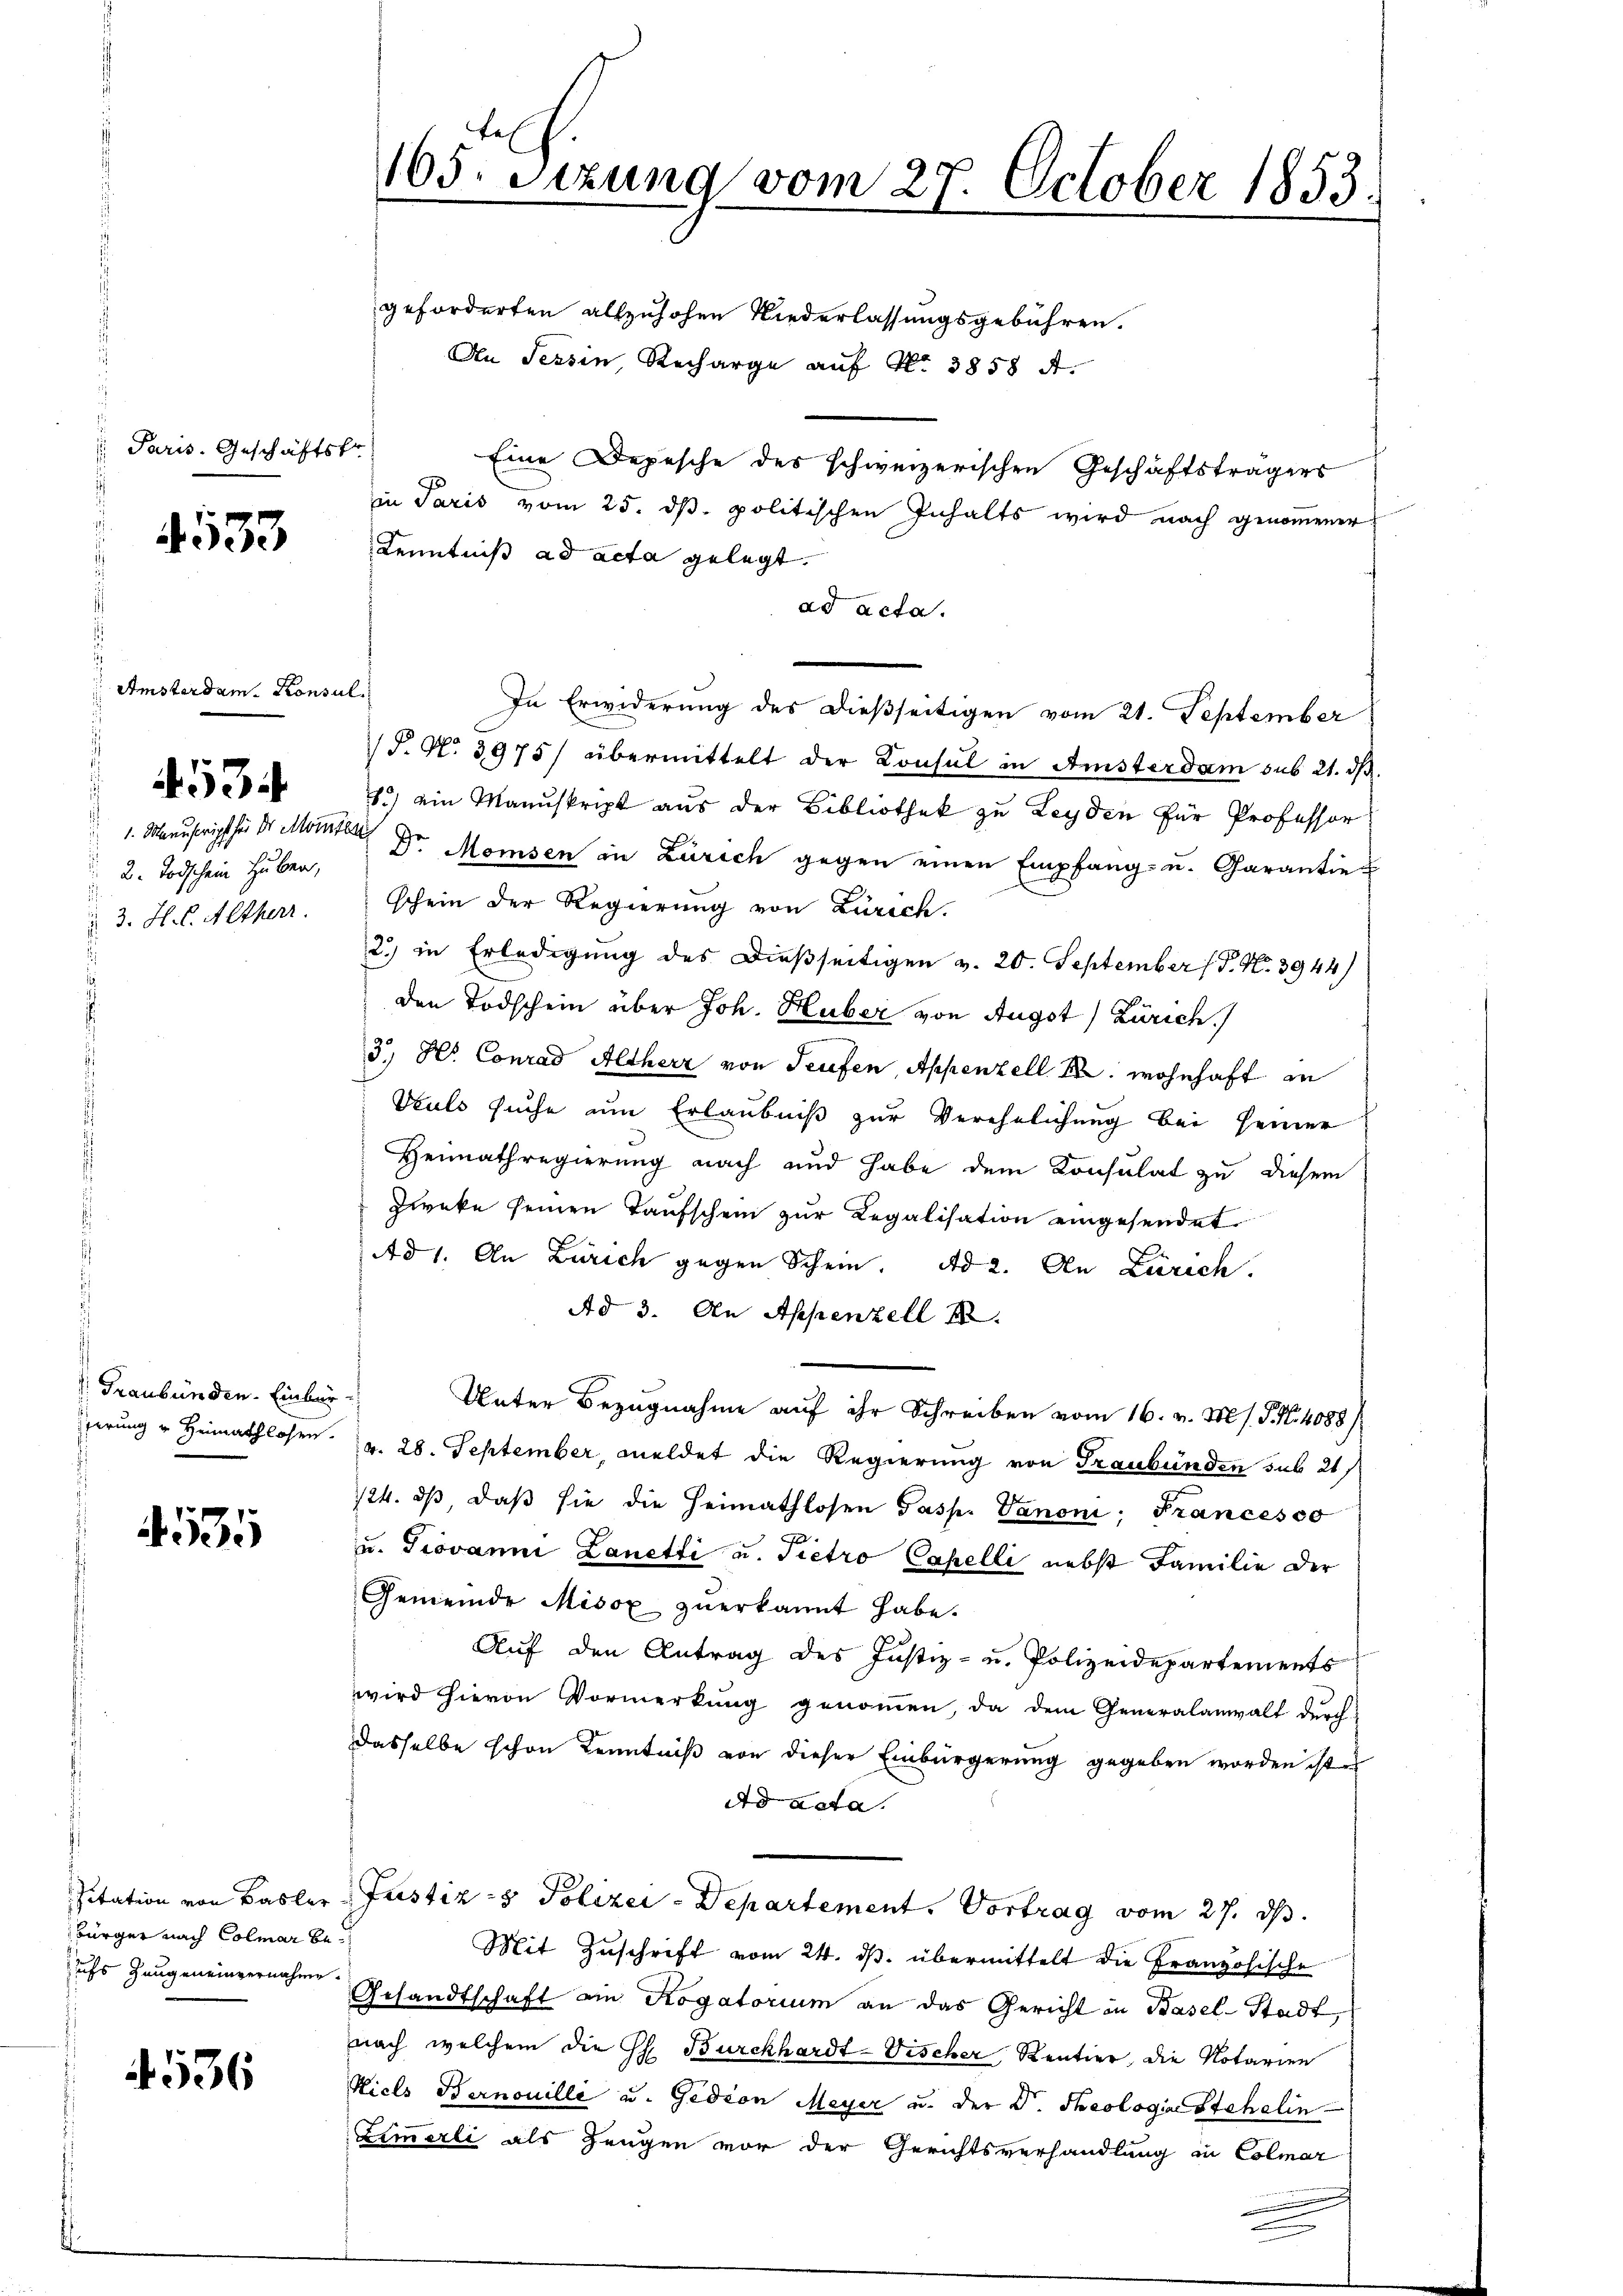
Paris. Geschäftsfr.

4533

Amsterdam. Konsul

1. Manuscript für der Momen
2. Todschein Huber,
3. H. l. Altherr

4534

Graubünden. Einbür-
sierung u Heimathlosen.

131

sitation von Basler
bürger nach Colmar beuchs Zeugeneinvernahme

4536

165: Sizung vom 27. October 1853.
d

geforderten allzuhohen Niederlassungsgebühren.
An Tessin, Recharge auf No 3858 f.
Eine Depesche des schweizerischen Geschäftsträgers
in Paris vom 25. dß. politischen Inhalts wird nach genommener
Kenntniß ad acta gelegt.
ad acta.
In Erwiderung des dießseitigen vom 21. September
J. N. 3975) übermittelt der Konsul in Ansterdam sub 21. ds.
8) ein Manuskript aus der Bibliothek zu Leyden für Professor
Dr Momsen in Zürich gegen einen Empfang- u. Carantie
schein der Regierung von Zürich.
2) in Erledigung des dießseitigen v. 20. September (T. N. 3944
den Todschein über Joh. Huber von Augst) Zürich.)
3.) Hs. Conrad Altherr von Teufen, Appenzell A. wohnhaft in
Vuls suche um Erlaubniß zur Verehelichung bei seiner
Heimathregierung nach und habe dem Konsulat zu diesem
Zweke seinen Taufschein zur Regalisation eingesendet
Ad 1. An Zürich gegen Schein. Ad 2. An Zürich.
Ad 3. An Appenzell
Unter Bezugnahme auf ihr Schreiben vom 16. v. Mts. S. Nr. 4088/
v. 28. September, meldet die Regierung von Graubünden sub 21
124. dβ, daß sie die Heimathlosen Gasp. Vanoni; Francesso
u. Giovanni Lanetti u. Pietro Capelli nebst Familie der
Gemeinde Misox zŭerkannt habe.
Auf den Antrag des Justiz- u. Polizeidepartements
wird hievon Vormerkung genoṁen, da dem Generalanwalt durch
dasselbe schon Kenntniß von dieser Einbürgerung gegeben worden ist
dd acta.
Justiz- & Polizei-Departement. Vortrag vom 27. ds.
Mit Zuschrift vom 24. ds. übermittelt die Französische
Gesandtschaft an Rogatorium an das Gericht in Basel-Stadt,
nach welchem die Ph. Burckhardt-Vischer Rentier, die Notarien
Hiels Bernouille u. Gedion Meyer u. der Dr. Theologiae Stehelin
Zimmerli als Zeugen vor der Gerichtsverhandlung in Colmar